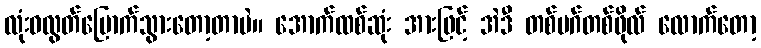
လုံးဝလွတ်မြောက်သွားတော့တာပဲ။ အောက်ထစ်ဆုံး အားဖြင့် အဲဒီ တစ်မဂ်တစ်ဖိုလ် လောက်တော့